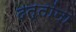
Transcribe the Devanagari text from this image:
दत्तांना